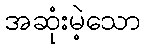
အဆုံးမဲ့သော